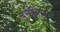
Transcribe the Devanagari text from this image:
बुसेनित्ज़